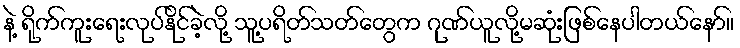
နဲ့ ရိုက်ကူးရေးလုပ်နိုင်ခဲ့လို့ သူ့ပရိတ်သတ်တွေက ဂုဏ်ယူလို့မဆုံးဖြစ်နေပါတယ်နော်။